Annual vaccination report of Bihar and Orissa - 1911-1928
Year: 1911
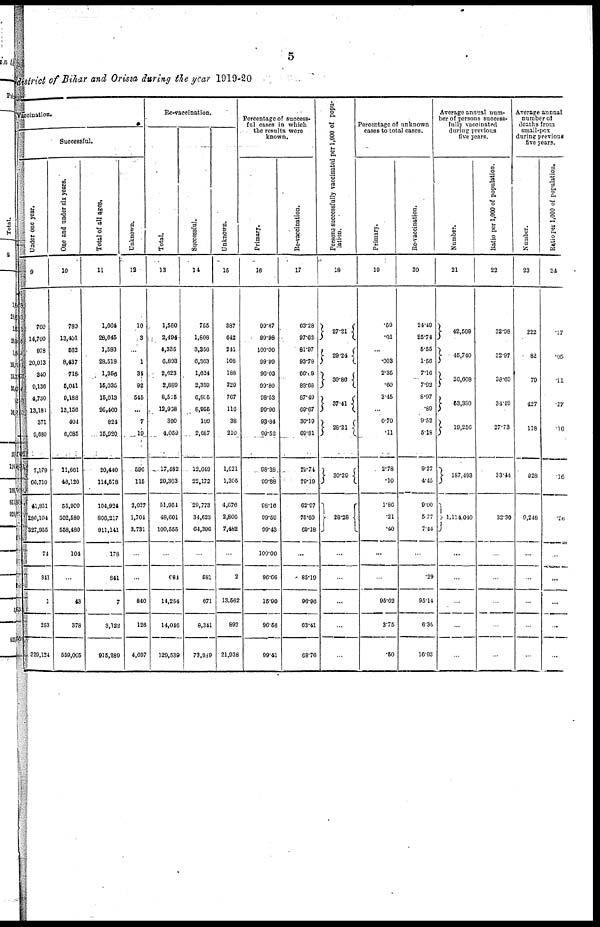
5
district of Bihar and Orissa during the year 1919-20
Vaccination.
Successful.
Under one year.
9
760
14,700
978
20,013
340
9,136
4,730
13,181
371
9,880
7,179
66,710
41,831
286,104
327,955
74
841
1
253
320,124
One and under six years.
10
789
13,401
562
8,437
718
5,041
9,188
13,156
404
6,085
11,661
46,120
55,900
502,680
558,480
104
...
43
378
550,005
Total of all ages.
11
1,664
28,645
1,583
28,518
1,356
15,035
15,013
26,460
824
15,920
20,440
114,578
104,924
806,217
911,141
178
841
7
3,122
915,289
Unknown.
12
10
3
...
1
34
92
545
...
7
19
596
115
2,027
1,704
3,731
...
...
840
126
4,697
Re-vaccination.
Total.
13
1,580
2,494
4,335
6,893
2,623
2,889
8,545
12,938
399
4,059
17,482
29,303
51,954
48,601
100,555
...
684
14,2564
14,046
129,539
Successful.
14
755
1,808
3,356
6,363
1,624
2,350
6,605
8,955
109
2,657
12,649
22,172
20,773
34,623
64,395
...
581
671
8,341
73,989
Unknown.
15
387
642
241
108
188
220
767
116
38
210
1,621
1,306
4,676
2,806
7,482
...
2
13,562
892
21,038
Percentage of success-
ful cases in which
the results were
known.
Primary.
16
99.87
99.98
100.00
99.99
90.03
99.80
98.53
99.96
93.84
99.52
98.38.
99.88
98.16
99.50
99.43
100.00
96.66
15.90
96.56
99.41
Re-vaccination.
17
63.28
97.62
81.97
93.78
66.69
88.68
87.49
69.67
30.19
60.81
70.74
70.19
62.07
75.60
69.18
...
85.19
96.96
63.41
68.76
Persons successfully vaccinated per 1,000 of popu-
lation.
18
27.21
20.24
30.86
37.41
28.21
30.29
28.28
...
...
...
...
...
Percentage of unknown
cases to total cases.
Primary.
19
.59
.01
...
.003
2.35
.60
3.45
...
0.79
.11
2.78
.10
1.86
.21
.40
...
...
95.02
3.75
.50
Re-vaccination.
20
24.49
25.74
5.55
1.56
7.16
7.92
8.97
.89
9.52
5.18
9.27
4.45
9.00
5.77
7.44
...
.20
95.14
6.35
16.93
Average annual num-
ber of persons success-
fully vaccinated
during previous
five years.
Number.
21
42,509
45,740
26,608
53,380
19,256
187,493
1,114,040
...
...
...
...
...
Ratio per 1,000 of population.
22
32.98
32.97
38.69
34.49
27.73
33.44
32.30
...
...
...
...
...
Average annual
number of
deaths from
small-pox
during previous
five years.
Number.
23
222
82
70
427
118
928
9,248
...
...
...
...
...
Ratio per 1,000 of population.
24
.17
.95
.11
.27
.16
.16
.26
...
...
...
...
...